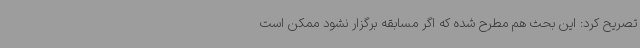
تصریح کرد: این بحث هم مطرح شده که اگر مسابقه برگزار نشود ممکن است